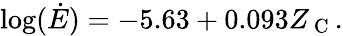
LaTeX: \log(\dot{E})=-5.63+0.093Z_{\mathrm{~C~}}.